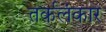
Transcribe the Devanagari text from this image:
तर्कलंकार